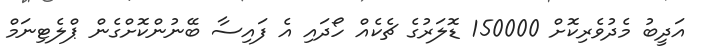
އަދީބު މެދުވެރިކޮށް 150000 ޑޮލަރުގެ ޗެކެއް ހޯދައި އެ ފައިސާ ބޭނުންކޮށްގެން ޕްލެޓިނަމް